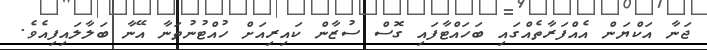
ޖަނާ އަކްޔަން އެއްފަރާތެއްގައި ބަހައްޓާފައި ގޮސް ސުޒާން ކައިރިއަށް ހުއްޓުނުތަނާ އޭނާ ބަލާލައިފިއެވެ.